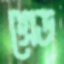
গ্রেড